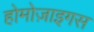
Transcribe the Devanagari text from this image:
होमोज़ाइगस